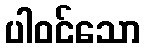
ပါဝင်သော